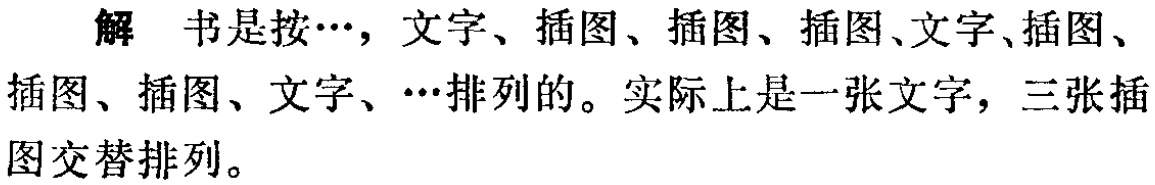
解 书是按\(\cdots\)，文字、插图、插图、插图、文字、插图、插图、插图、文字、\(\cdots\)排列的。实际上是一张文字，三张插图交替排列。